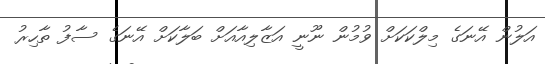
އަލުން އޭނަގެ މިލްކަކަށް ވުމުން ނޫނީ އަޒާލިއާއަށް ބަލާކަށް އޭނަގެ ސާފު ތާހިރު